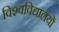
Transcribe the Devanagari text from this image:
विश्‍वविद्यालयों